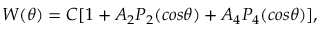
\begin{array} { r } { W ( \theta ) = C [ 1 + A _ { 2 } P _ { 2 } ( c o s \theta ) + A _ { 4 } P _ { 4 } ( c o s \theta ) ] , } \end{array}